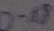
Text: 0-18